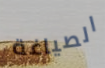
الصياغة